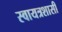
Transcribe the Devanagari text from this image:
स्वायत्रशासी